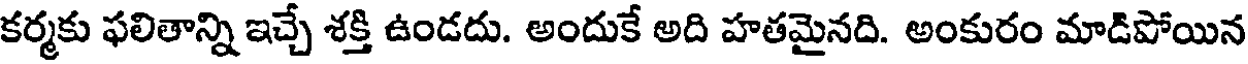
కర్మకు ఫలితాన్ని ఇచ్చే శక్తి ఉండదు. అందుకే అది హతమైనది. అంకురం మాడిపోయిన